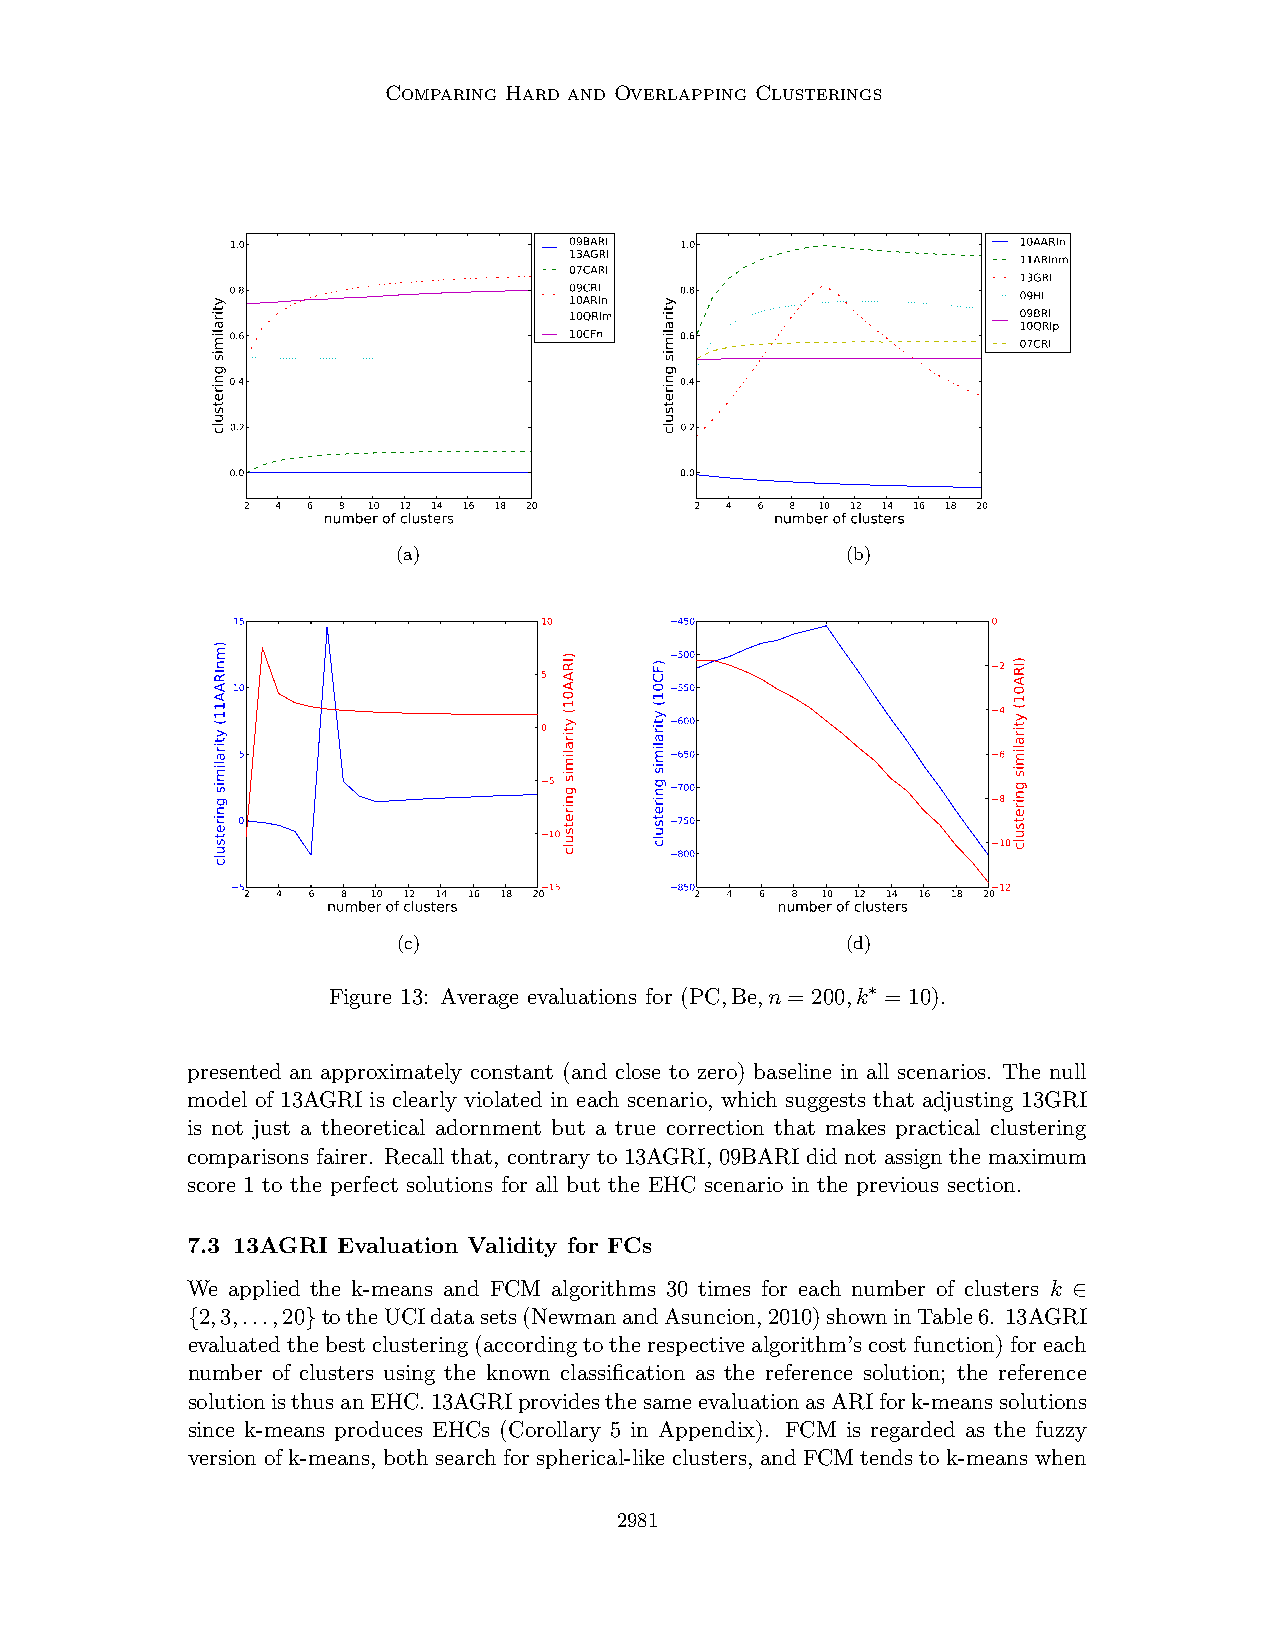
Comparing Hard and Overlapping Clusterings
 1.0                    09BARI 1.0                    10AARIn
 13AGRI                        11ARInm
 07CARI
 13GRI
 0.8                    0 19 0C ARR II n 0.8          09HI
 10QRIm                        09BRI
 10QRIp
 0.6                    10CFn  0.6
 07CRI
 0.4                           0.4
 0.2                           0.2
 0.0                           0.0
 2 4 6 8 10 12 14 16 18 20     2 4 6 8 10 12 14 16 18 20
 number of clusters            number of clusters
 (a)                           (b)
 15                   10       450                  0
 500                  2
 5
 10                            550
 4 600
 0
 5                            650                  6
 5        700
 8
 0                            750
 10
 10
 800
 5                   15       850                  12
 2 4 6  8 10 12 14 16 18 20    2 4 6 8 10 12 14 16 18 20
 number of clusters           number of clusters
 (c)                           (d)
 Figure 13: Average evaluations for (PC,Be,n = 200,k∗ = 10).
 presented an approximately constant (and close to zero) baseline in all scenarios. The null
 model of 13AGRI is clearly violated in each scenario, which suggests that adjusting 13GRI
 is not just a theoretical adornment but a true correction that makes practical clustering
 comparisons fairer. Recall that, contrary to 13AGRI, 09BARI did not assign the maximum
 score 1 to the perfect solutions for all but the EHC scenario in the previous section.
 7.3 13AGRI Evaluation Validity for FCs
 We applied the k-means and FCM algorithms 30 times for each number of clusters k ∈
 {2,3,...,20}totheUCIdatasets(NewmanandAsuncion,2010)showninTable6. 13AGRI
 evaluatedthebestclustering(accordingtotherespectivealgorithm’scostfunction)foreach
 number of clusters using the known classification as the reference solution; the reference
 solutionisthusanEHC.13AGRIprovidesthesameevaluationasARIfork-meanssolutions
 since k-means produces EHCs (Corollary 5 in Appendix). FCM is regarded as the fuzzy
 version of k-means, both search for spherical-like clusters, and FCM tends to k-means when
 2981
 ytiralimis
 gniretsulc
 )mnIRAA11(
 ytiralimis
 gniretsulc
 )IRAA01(
 ytiralimis
 gniretsulc
 )FC01(
 ytiralimis
 gniretsulc
 ytiralimis
 gniretsulc
 )IRA01(
 ytiralimis
 gniretsulc